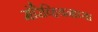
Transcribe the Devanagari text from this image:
मॉरेव्हियनाच्या